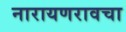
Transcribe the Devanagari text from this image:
नारायणरावचा